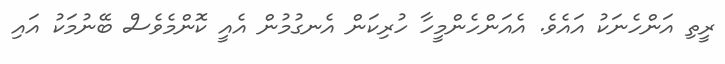
ރީތި އަންހެނަކު އައެވެ. އެއަންހެންމީހާ ހުރިކަން އެނގުމުން އެއީ ކޮންމެވެސް ބޭނުމަކު އައި